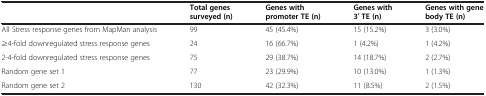
|  | Total genes surveyed (n) | Genes with promoter TE (n) | Genes with 3′ TE (n) | Genes with gene body TE (n) |
 | --- | --- | --- | --- | --- |
 | All Stress response genes from MapMan analysis | 99 | 45 (45.4%) | 15 (15.2%) | 3 (3.0%) |
 | ≥4-fold downregulated stress response genes | 24 | 16 (66.7%) | 1 (4.2%) | 1 (4.2%) |
 | 2-4-fold downregulated stress response genes | 75 | 29 (38.7%) | 14 (18.7%) | 2 (2.7%) |
 | Random gene set 1 | 77 | 23 (29.9%) | 10 (13.0%) | 1 (1.3%) |
 | Random gene set 2 | 130 | 42 (32.3%) | 11 (8.5%) | 2 (1.5%) |